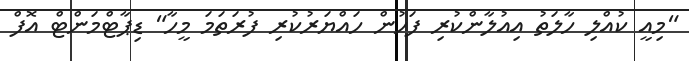
"މިއީ ކުއްލި ހާލަތު އިއުލާންކުރި ފަހުން ހައްޔަރުކުރި ފުރަތަމަ މީހާ" ޑިޕާޓްމަންޓް އޮފް